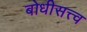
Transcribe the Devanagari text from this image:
बोधीसत्त्व